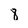
Character: 8